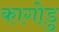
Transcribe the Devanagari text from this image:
कागोडु